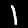
Label: 1